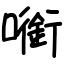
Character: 㘅